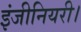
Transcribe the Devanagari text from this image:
इंजीनियरी।